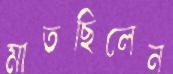
মাতছিলেন